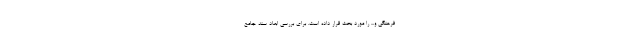
فرهنگی و... را مورد بحث قرار داده است. برای بررسی ابعاد سند جامع